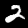
Label: 2